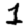
Digit: 1